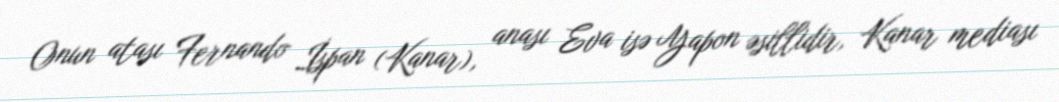
Onun atası Fernando İspan (Kanar), anası Eva isə Yapon əsillidir, Kanar mediası